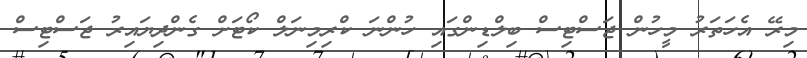
މިރޭ އެހަތަރު މީހުން ޖަސްޓިސް ބިލްޑިންގައި ހުންނަ ކްރިމިނަލް ކޯޓަށް ގެންދިޔައިރު ޖަސްޓިސް